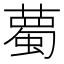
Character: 薥